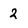
Character: 2